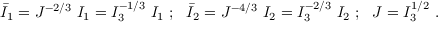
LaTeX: { \bar { I } } _ { 1 } = J ^ { - 2 / 3 } ~ I _ { 1 } = I _ { 3 } ^ { - 1 / 3 } ~ I _ { 1 } ~ ; ~ ~ { \bar { I } } _ { 2 } = J ^ { - 4 / 3 } ~ I _ { 2 } = I _ { 3 } ^ { - 2 / 3 } ~ I _ { 2 } ~ ; ~ ~ J = I _ { 3 } ^ { 1 / 2 } ~ .